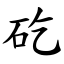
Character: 矻